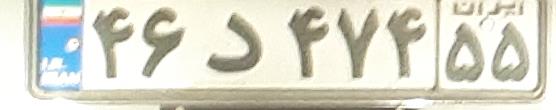
۴۶د۴۷۴۵۵